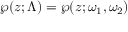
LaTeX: \wp ( z ; \Lambda ) = \wp ( z ; \omega _ { 1 } , \omega _ { 2 } )